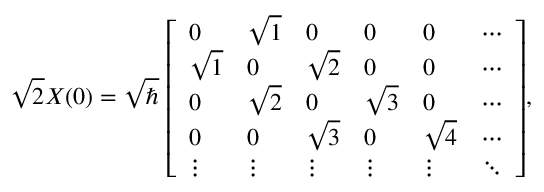
{ \sqrt { 2 } } X ( 0 ) = { \sqrt { \hbar } } \; { \left[ \begin{array} { l l l l l l } { 0 } & { { \sqrt { 1 } } } & { 0 } & { 0 } & { 0 } & { \cdots } \\ { { \sqrt { 1 } } } & { 0 } & { { \sqrt { 2 } } } & { 0 } & { 0 } & { \cdots } \\ { 0 } & { { \sqrt { 2 } } } & { 0 } & { { \sqrt { 3 } } } & { 0 } & { \cdots } \\ { 0 } & { 0 } & { { \sqrt { 3 } } } & { 0 } & { { \sqrt { 4 } } } & { \cdots } \\ { \vdots } & { \vdots } & { \vdots } & { \vdots } & { \vdots } & { \ddots } \end{array} \right] } ,